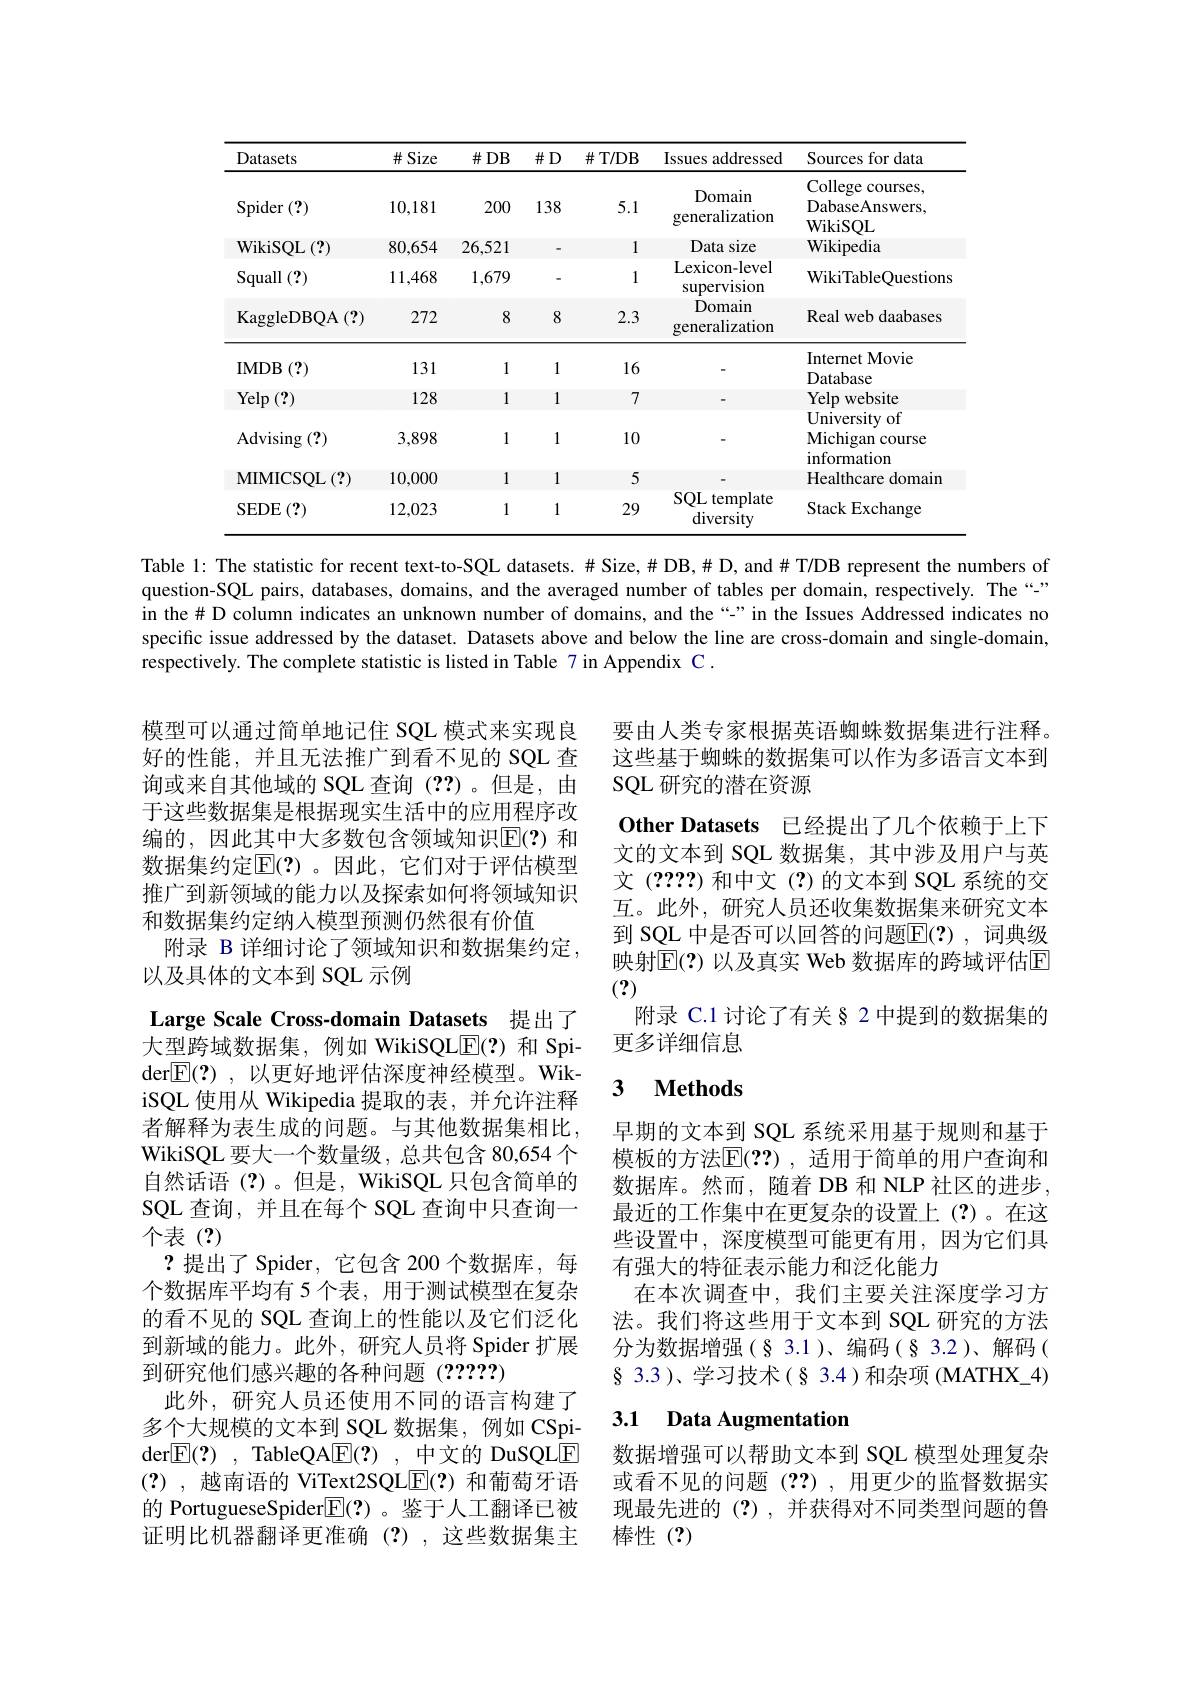
<table>
	<tbody>
		<tr>
			<th>Datasets</th>
			<th>$\#$Size</th>
			<th>$\#DB$</th>
			<th>$\#D$</th>
			<th>$\#$T/DB</th>
			<th>Issues addressed</th>
			<th>Sources for data</th>
		</tr>
		<tr>
			<td>$\operatorname{Spider}\left(?\right)$</td>
			<td>10,181</td>
			<td>200</td>
			<td>138</td>
			<td>5.1</td>
			<td>Domain generalization</td>
			<td>College courses, DabaseAnswers WikiSOI.</td>
		</tr>
		<tr>
			<td>WikiSQL$\left ( ? \right )$</td>
			<td>80,654</td>
			<td>26,521</td>
			<td>-</td>
			<td>1</td>
			<td>Data size</td>
			<td>Wikipedia</td>
		</tr>
		<tr>
			<td>$\operatorname{Squall}(?)$</td>
			<td>11,468</td>
			<td>1,679</td>
			<td>-</td>
			<td>1</td>
			<td>Lexicon- level supervision</td>
			<td>WikiTableQuestions</td>
		</tr>
		<tr>
			<td>KaggleDBQA ( ? ) </td>
			<td>272</td>
			<td>8</td>
			<td>8</td>
			<td>2.3</td>
			<td>Domain generalization</td>
			<td>Real web daabases</td>
		</tr>
		<tr>
			<td>IMDB $3\left({?}\right)$ 、</td>
			<td>131</td>
			<td>1</td>
			<td>1</td>
			<td>16</td>
			<td> </td>
			<td>Internet Movie Datahase</td>
		</tr>
		<tr>
			<td>$\operatorname{Yelp}\left(?\right)$</td>
			<td>128</td>
			<td>1</td>
			<td>1</td>
			<td>7</td>
			<td> </td>
			<td>Yelp website</td>
		</tr>
		<tr>
			<td>${\mathrm{Advising~}(?)}$</td>
			<td>3,898</td>
			<td>1</td>
			<td>1</td>
			<td>10</td>
			<td> </td>
			<td>${\mathrm{University~c}}$ 0f Michigan 1 course information</td>
		</tr>
		<tr>
			<td>MIMICSQL$\left ( ? \right )$</td>
			<td>10,000</td>
			<td>1</td>
			<td>1</td>
			<td>5</td>
			<td> </td>
			<td>Healthcare domain</td>
		</tr>
		<tr>
			<td>$\operatorname{SEDE}\left(?\right)$</td>
			<td>12,023</td>
			<td>1</td>
			<td>1</td>
			<td>29</td>
			<td>$SQL$ template diversity</td>
			<td>Stack Exchange</td>
		</tr>
	</tbody>
</table>

Table l: The statistic for recent text-to-SQL datasets. # Size, # DB,# D, and# T/DB represent the numbers of question-SQL pairs, databases, domains, and the averaged number of tables per domain, respectively. The “-” in the# D column indicates an unknown number of domains, and the“" in the Issues Addressed indicates no specific issue addressed by the dataset. Datasets above and below the line are cross-domain and single-domain, $\hat{\text{respectively. The complete statistic is listed in Table 7 in Appendix C }}.$

模型可以通过简单地记住 SQL 模式来实现良好的性能，并且无法推广到看不见的 SQL 查询或来自其他域的 SQL 查询 (??)。但是，由于这些数据集是根据现实生活中的应用程序改编的，因此其中大多数包含领域知识$\mathbb{E}(?)$ 和数据集约定$\mathbb{E}(?)$。因此，它们对于评估模型推广到新领域的能力以及探索如何将领域知识和数据集约定纳入模型预测仍然很有价值
附录 B 详细讨论了领域知识和数据集约定
以及具体的文本到 SQL 示例

要由人类专家根据英语蜘蛛数据集进行注释。这些基于蜘蛛的数据集可以作为多语言文本到SQL 研究的潜在资源
Other Datasets 已经提出了几个依赖于上下文的文本到 SQL 数据集，其中涉及用户与英文(????)和中文(?)的文本到 SQL 系统的交互。此外，研究人员还收集数据集来研究文本到 SQL 中是否可以回答的问题$\overline{\mathrm{E}}(?)$, 词典级映射$\mathbb{E}(?)$ 以及真实 Web 数据库的跨域评估E (?)
附录 C.1 讨论了有关§ 2 中提到的数据集的
更多详细信息

## 3 Methods

Large Scale Cross-domain Datasets 提出了大型跨域数据集，例如 WikiSQL$\overline{\mathrm{E}}(?)$和 Spider$\boxed{\mathrm{F} }( ? )$ , 以更好地评估深度神经模型。WikiSQL 使用从 Wikipedia 提取的表，并允许注释者解释为表生成的问题。与其他数据集相比WikiSQL 要大一个数量级，总共包含 80,654 个自然话语(?)。但是，WikiSQL 只包含简单的SQL 查询，并且在每个 SQL 查询中只查询一个表(?)
?提出了 Spider, 它包含 200 个数据库，每个数据库平均有 5 个表，用于测试模型在复杂的看不见的 SQL 查询上的性能以及它们泛化到新域的能力。此外，研究人员将 Spider 扩展到研究他们感兴趣的各种问题(?????)
此外，研究人员还使用不同的语言构建了多个大规模的文本到 SQL 数据集，例如 CSpider$\boxed{\mathrm{E} }( ? )$ , TableQA$\boxed{\mathrm{F} }( ? )$ ,中文的 DuSQLE (?) ,越南语的 ViText2SQLE(?)和葡萄牙语的 PortugueseSpider$\boxed{\mathbb{E}}(?)$ 。鉴于人工翻译已被证明比机器翻译更准确(?),这些数据集主

早期的文本到 SQL 系统采用基于规则和基于模板的方法$\mathbb{E}(??)$ ,适用于简单的用户查询和数据库。然而，随着 DB 和 NLP 社区的进步， 最近的工作集中在更复杂的设置上(?)。在这些设置中，深度模型可能更有用，因为它们具有强大的特征表示能力和泛化能力
在本次调查中，我们主要关注深度学习方法。我们将这些用于文本到 SQL 研究的方法分为数据增强(§3.1)、编码(§3.2)、解码( $\S$ 3.3)、学习技术(§ 3.4)和杂项(MATHX\_4)

## 3.1 Data Augmentation

数据增强可以帮助文本到 SQL 模型处理复杂或看不见的问题(??),用更少的监督数据实现最先进的(?),并获得对不同类型问题的鲁棒性(?)